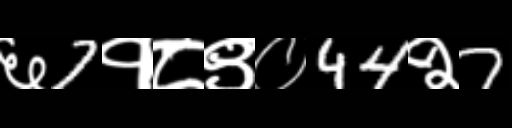
Text: ६7१८९०44२7